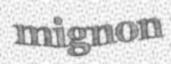
mignon